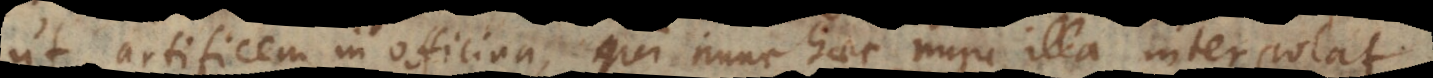
ut artificem in officina, qui nunc haec nunc illa interpolat,